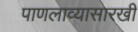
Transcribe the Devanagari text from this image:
पाणलाव्यासारखी